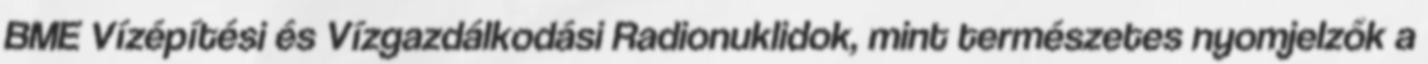
BME Vízépítési és Vízgazdálkodási Radionuklidok, mint természetes nyomjelzők a